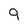
Character: 9